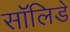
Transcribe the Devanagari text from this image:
सॉलिडे